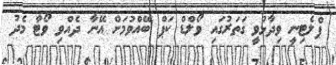
ޕްލެޓިނީ ވިދާޅުވީ ގަތަރުގައި ވޯލްޑް ކަޕް ބޭއްވުމަށް އޭނާ ދެއްވި ވޯޓާ މެދު